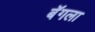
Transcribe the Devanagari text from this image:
बॅगला